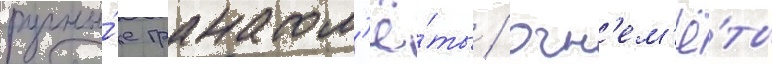
ручны́е гранатом'ё́ты / огн'ем'ё́ты